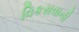
વિકસવાની